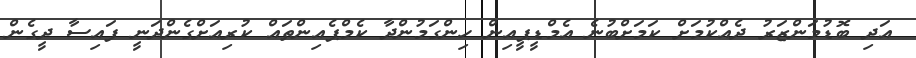
އަދި ބޮޑުމަންޒަރު ދެއްކުމަށް ކަމަށްބުނެ އެމްޑީޕީއިން ހިންގަމުންދާ ކެމްޕެއިންތައް ކުރިއަށްގެންދަނީ ފައިސާ ދީގެން